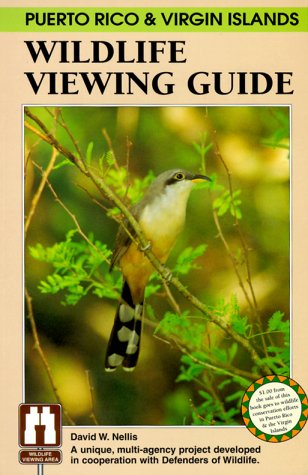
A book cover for Puerto Rico & Virgin Islands Wildlife Viewing Guide (Wildlife Viewing Guides Series); David W Nellis; Travel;